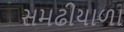
સમઢીયાળા